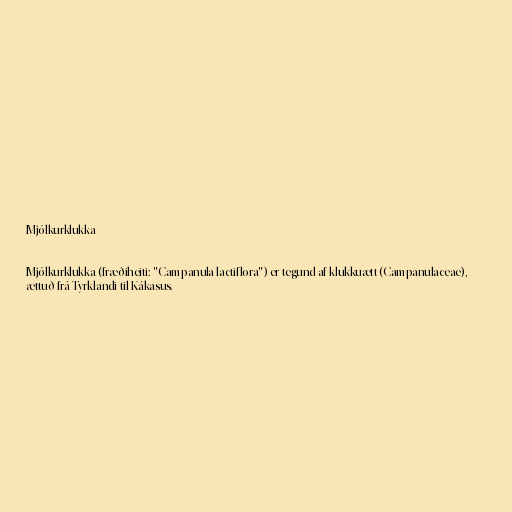
Mjólkurklukka

Mjólkurklukka (fræðiheiti: "Campanula lactiflora") er tegund af klukkuætt (Campanulaceae),
ættuð frá Tyrklandi til Kákasus.